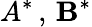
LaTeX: A^{*}\, ,\, \mathbf{B}^{*}